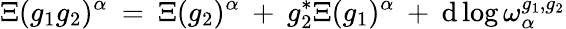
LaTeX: \Xi(g_{1}g_{2})^{\alpha}\: =\: \Xi(g_{2})^{\alpha}\: +\: g_{2}^{*}\Xi(g_{1})^{\alpha}\: +\: \mathrm{d}\log\omega_{\alpha}^{g_{1},g_{2}}